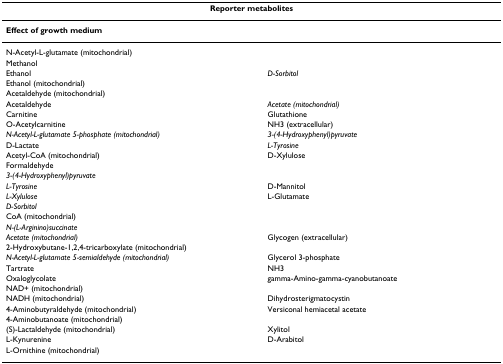
<table><thead><tr><td colspan="2"><b>Reporter metabolites</b></td></tr></thead><tbody><tr><td><b>Effect of growth medium</b></td><td>[EMPTY_CELL]</td></tr><tr><td>N-Acetyl-L-glutamate (mitochondrial)</td><td>[EMPTY_CELL]</td></tr><tr><td>Methanol</td><td>[EMPTY_CELL]</td></tr><tr><td>Ethanol</td><td><i>D-Sorbitol</i></td></tr><tr><td>Ethanol (mitochondrial)</td><td>[EMPTY_CELL]</td></tr><tr><td>Acetaldehyde (mitochondrial)</td><td>[EMPTY_CELL]</td></tr><tr><td>Acetaldehyde</td><td><i>Acetate (mitochondrial)</i></td></tr><tr><td>Carnitine</td><td>Glutathione</td></tr><tr><td>O-Acetylcarnitine</td><td>NH3 (extracellular)</td></tr><tr><td><i>N-Acetyl-L-glutamate 5-phosphate (mitochondrial)</i></td><td><i>3-(4-Hydroxyphenyl)pyruvate</i></td></tr><tr><td>D-Lactate</td><td><i>L-Tyrosine</i></td></tr><tr><td>Acetyl-CoA (mitochondrial)</td><td>D-Xylulose</td></tr><tr><td>Formaldehyde</td><td>[EMPTY_CELL]</td></tr><tr><td><i>3-(4-Hydroxyphenyl)pyruvate</i></td><td>[EMPTY_CELL]</td></tr><tr><td><i>L-Tyrosine</i></td><td>D-Mannitol</td></tr><tr><td><i>L-Xylulose</i></td><td>L-Glutamate</td></tr><tr><td><i>D-Sorbitol</i></td><td>[EMPTY_CELL]</td></tr><tr><td>CoA (mitochondrial)</td><td>[EMPTY_CELL]</td></tr><tr><td><i>N-(L-Arginino)succinate</i></td><td>[EMPTY_CELL]</td></tr><tr><td><i>Acetate (mitochondrial)</i></td><td>Glycogen (extracellular)</td></tr><tr><td>2-Hydroxybutane-1,2,4-tricarboxylate (mitochondrial)</td><td>[EMPTY_CELL]</td></tr><tr><td><i>N-Acetyl-L-glutamate 5-semialdehyde (mitochondrial)</i></td><td>Glycerol 3-phosphate</td></tr><tr><td>Tartrate</td><td>NH3</td></tr><tr><td>Oxaloglycolate</td><td>gamma-Amino-gamma-cyanobutanoate</td></tr><tr><td>NAD+ (mitochondrial)</td><td>[EMPTY_CELL]</td></tr><tr><td>NADH (mitochondrial)</td><td>Dihydrosterigmatocystin</td></tr><tr><td>4-Aminobutyraldehyde (mitochondrial)</td><td>Versiconal hemiacetal acetate</td></tr><tr><td>4-Aminobutanoate (mitochondrial)</td><td>[EMPTY_CELL]</td></tr><tr><td>(S)-Lactaldehyde (mitochondrial)</td><td>Xylitol</td></tr><tr><td>L-Kynurenine</td><td>D-Arabitol</td></tr><tr><td>L-Ornithine (mitochondrial)</td><td>[EMPTY_CELL]</td></tr></tbody></table>